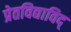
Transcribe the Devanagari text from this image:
प्रेतविद्याविद्